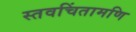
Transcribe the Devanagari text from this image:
स्तवचिंतामणि